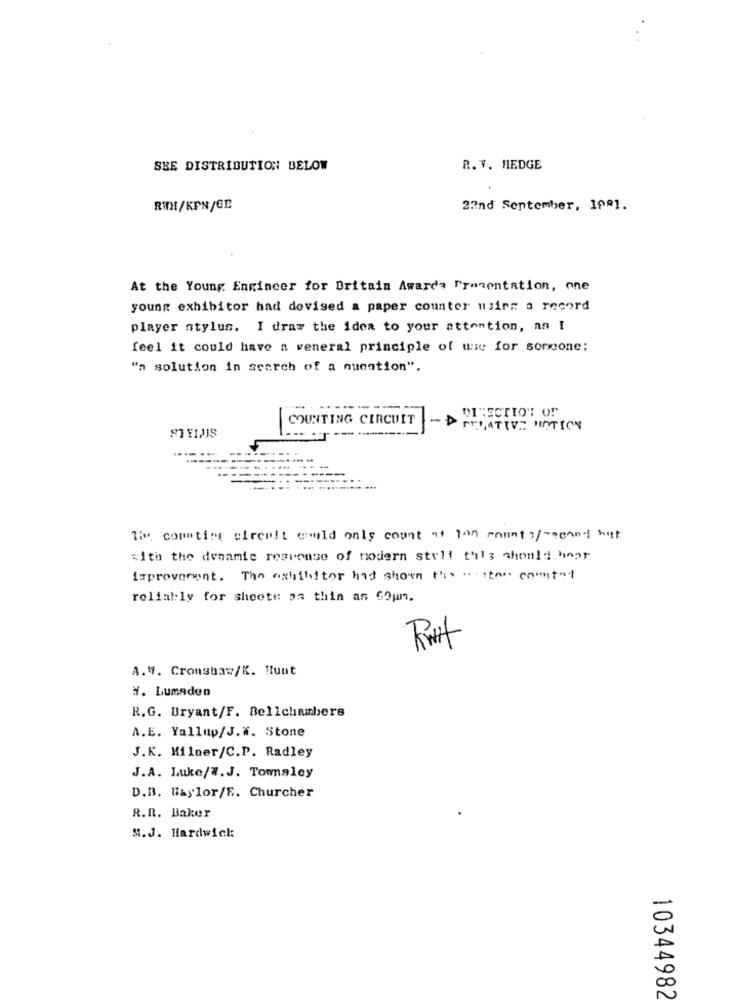
SEE DISTRIBUTION BELOW
R. V. HEDGE
RWH/KPN/GE
22nd September, 19º1.
At the Young Engineer for Britain Awards Presentation, one
young exhibitor had devised a paper counter using a record
player stylus. I draw the idea to your attention, an I
feel it could have a veneral principle of wie for sormone;
"a solution in search of a question".
DIRECTION OF
COUNTING CIRCUIT
-D PROATIVE FICTION
STYLUS
The counting circuit would only count as pon county/"econt but
with the denamie response of modern stelt this should hear
improvement. The exhibitor had shown the water countof
rolial:ly for sheete os thin as G9um.
A.W. Cronshaw/K. Buut
H. Lumaden
R.G. Bryant/F. Bellchambers
A.E. Yallup/J.W. Stone
J.K. Milner/C.P. Radley
J.A. Luke/W.J. Tomaley
D.B. Haylor/F. Churcher
R.R. Baker
M.J. Hardwick
10344982